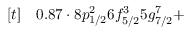
\begin{array} { r l } { [ t ] } & { { } 0 . 8 7 \cdot 8 p _ { 1 / 2 } ^ { 2 } 6 f _ { 5 / 2 } ^ { 3 } 5 g _ { 7 / 2 } ^ { 7 } + } \end{array}